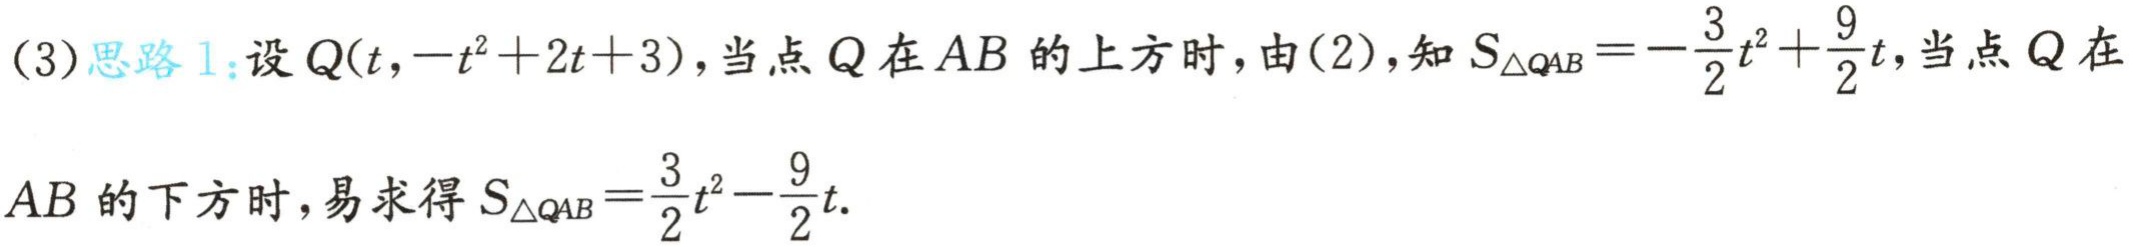
(3)思路1：设\(Q(t,-t^{2}+2t + 3)\)，当点\(Q\)在\(AB\)的上方时，由(2)，知\(S_{\triangle QAB}=-\frac{3}{2}t^{2}+\frac{9}{2}t\)，当点\(Q\)在\(AB\)的下方时，易求得\(S_{\triangle QAB}=\frac{3}{2}t^{2}-\frac{9}{2}t\).